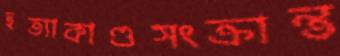
হত্যাকাণ্ডসংক্রান্ত